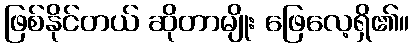
ဖြစ်နိုင်တယ် ဆိုတာမျိုး ဖြေလေ့ရှိ၏။